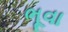
ભૂવા